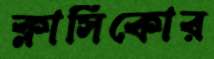
ক্লাসিকোর